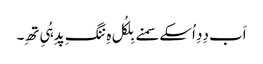
اَب دِدِ اُسکے سمنے بِلکُل ہِ ننگِ پدِ ہُیِ تھِ۔